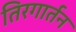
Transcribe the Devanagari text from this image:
तिरगार्तन